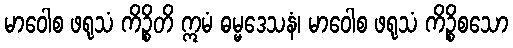
မာဝေါစ ဖရုသံ ကိဉ္စိတိ ဣမံ ဓမ္မဒေသနံ၊ မာဝေါစ ဖရုသံ ကိဉ္စိစသော